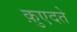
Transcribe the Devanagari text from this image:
क़ुएदते